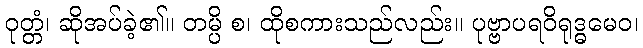
ဝုတ္တံ၊ ဆိုအပ်ခဲ့၏။ တမ္ပိ စ၊ ထိုစကားသည်လည်း။ ပုဗ္ဗာပရဝိရုဒ္ဓမေဝ၊